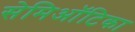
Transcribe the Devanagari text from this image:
सेमिऑटिका